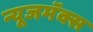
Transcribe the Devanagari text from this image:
न्यूजमॅक्स